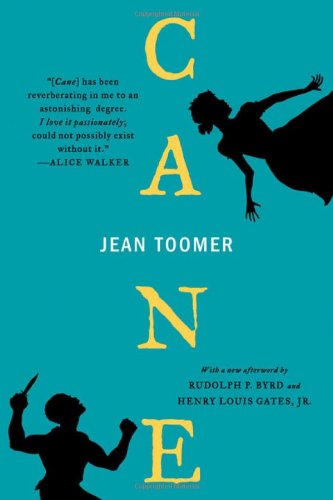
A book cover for Cane (New Edition); Jean Toomer; Literature & Fiction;